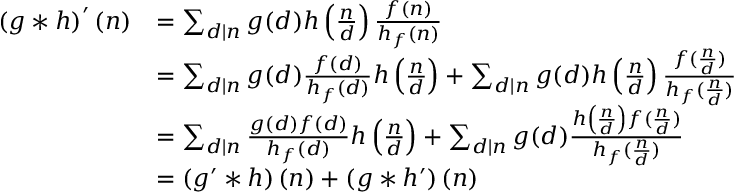
\begin{array} { r l } { \left( g \ast h \right) ^ { \prime } ( n ) } & { = \sum _ { d | n } g ( d ) h \left( \frac { n } { d } \right) \frac { f ( n ) } { h _ { f } ( n ) } } \\ & { = \sum _ { d | n } g ( d ) \frac { f ( d ) } { h _ { f } ( d ) } h \left( \frac { n } { d } \right) + \sum _ { d | n } g ( d ) h \left( \frac { n } { d } \right) \frac { f ( \frac { n } { d } ) } { h _ { f } ( \frac { n } { d } ) } } \\ & { = \sum _ { d | n } \frac { g ( d ) f ( d ) } { h _ { f } ( d ) } h \left( \frac { n } { d } \right) + \sum _ { d | n } g ( d ) \frac { h \left( \frac { n } { d } \right) f ( \frac { n } { d } ) } { h _ { f } ( \frac { n } { d } ) } } \\ & { = \left( g ^ { \prime } \ast h \right) ( n ) + \left( g \ast h ^ { \prime } \right) ( n ) } \end{array}